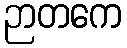
ဉာတကေ